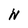
Character: N